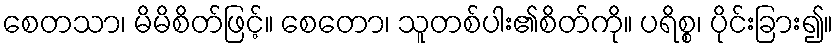
စေတသာ၊ မိမိစိတ်ဖြင့်။ စေတော၊ သူတစ်ပါး၏စိတ်ကို။ ပရိစ္စ၊ ပိုင်းခြား၍။